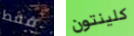
فقط كلينتون